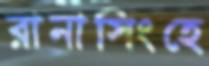
রানাসিংহে